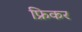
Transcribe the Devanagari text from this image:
फ्रिकर